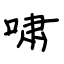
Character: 啸